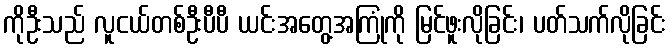
ကိုဦးသည် လူငယ်တစ်ဦးပီပီ ယင်းအတွေ့အကြုံကို မြင်ဖူးလိုခြင်း၊ ပတ်သက်လိုခြင်း